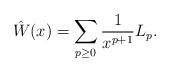
LaTeX: \begin{align*}\hat{W}(x)=\sum_{p\ge 0}\frac{1}{x^{p+1}}L_p.\end{align*}